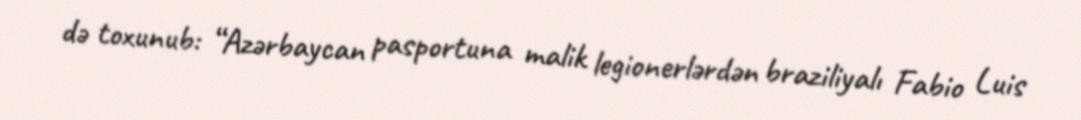
də toxunub: “Azərbaycan pasportuna malik legionerlərdən braziliyalı Fabio Luis